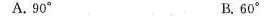
A.90° B.60°